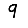
Digit: 9